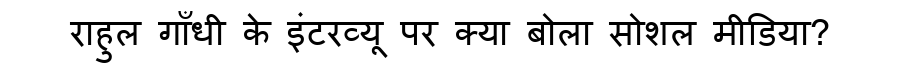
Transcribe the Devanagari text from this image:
राहुल गाँधी के इंटरव्यू पर क्या बोला सोशल मीडिया?